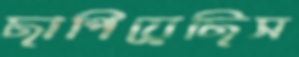
ছাপিয়েছিস